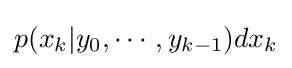
p(x_{k}|y_{0},\cdots ,y_{k-1})dx_{k}